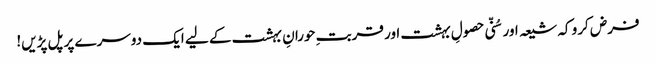
فرض کرو کہ شیعہ اور سُنّی حصولِ بہشت اور قربتِ حورانِ بہشت کے لیے ایک دوسرے پر پل پڑیں!